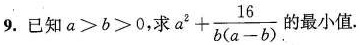
9.已知$$a>b>0$$，求$$a^{2}+\frac{16}{b(a-b)}$$的最小值.